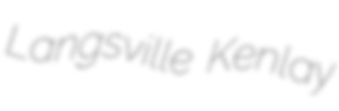
Langsville Kenlay